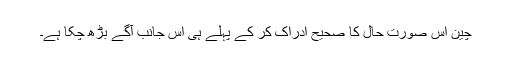
چین اس صورت حال کا صحیح ادراک کر کے پہلے ہی اس جانب آگے بڑھ چکا ہے۔